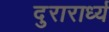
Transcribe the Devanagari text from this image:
दुरारार्ध्य